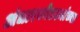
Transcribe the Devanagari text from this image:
अंधारकोठड्यांच्या